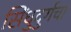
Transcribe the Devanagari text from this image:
सिंधुदुर्गचा